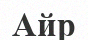
Айр